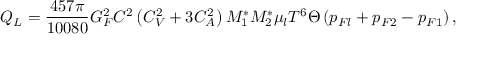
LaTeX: Q _ { L } = \frac { 4 5 7 \pi } { 1 0 0 8 0 } G _ { F } ^ { 2 } C ^ { 2 } \left( C _ { V } ^ { 2 } + 3 C _ { A } ^ { 2 } \right) M _ { 1 } ^ { \ast } M _ { 2 } ^ { \ast } \mu _ { l } T ^ { 6 } \Theta \left( p _ { F l } + p _ { F 2 } - p _ { F 1 } \right) ,